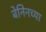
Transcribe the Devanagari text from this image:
बेनिनच्या